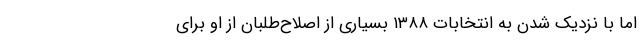
اما با نزدیک شدن به انتخابات ۱۳۸۸ بسیاری از اصلاح‌طلبان از او برای